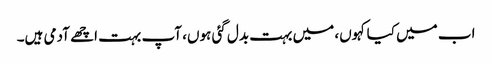
اب میں کیا کہوں، میں بہت بدل گئی ہوں، آپ بہت اچھے آدمی ہیں۔